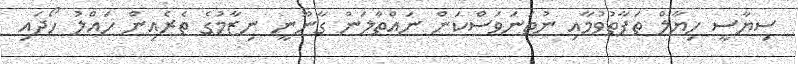
ސިޔާސީ ހިޔާލް ތަފާތުވުމާއި ނުތަނަވަސްކަން ނައްތާލަން ގާނޫނީ ނިޒާމުގެ ތެރެއިން ހައްލު ހޯދައި